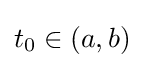
t_{0}\in (a,b)